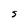
Character: S